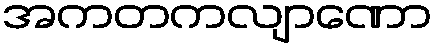
အကတကလျာဏော